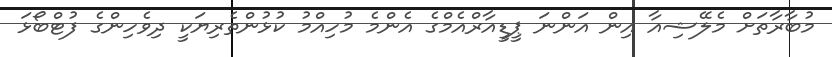
މުބާރާތަށް މެލޭޝިއާ އިން އަންނަ ޕީޑީއާރްއެމްގެ އެންމެ މުހިއްމު ކުޅުންތެރިޔަކީ ދިވެހިންގެ ފުޓްބޯޅަ